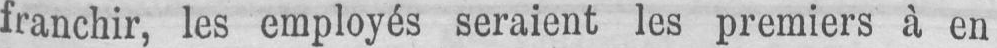
franchir, les employés seraient les premiers à en